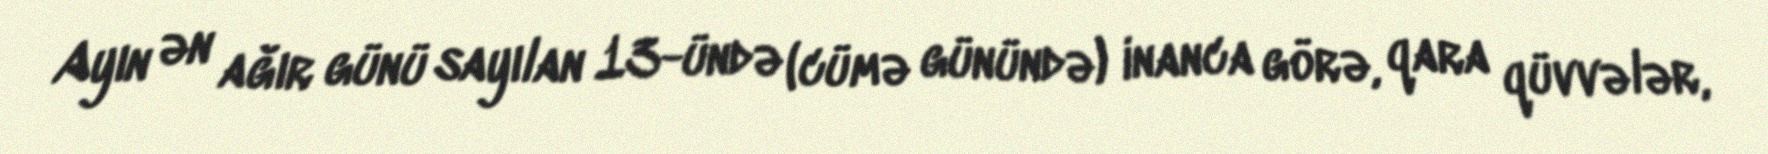
Ayın ən ağır günü sayılan 13-ündə (cümə günündə) inanca görə, qara qüvvələr,